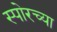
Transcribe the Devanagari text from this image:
स्पोरच्या